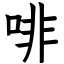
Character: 啡